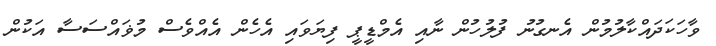
ވާހަކަދައްކާލުމުން އެނގުނު ފުލުހުން ނާއި އެމްޑީޕީ ފިޔަވައި އެހެން އެއްވެސް މުޥައްސަސާ އަކުން